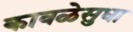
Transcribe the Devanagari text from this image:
कावळेसुधा